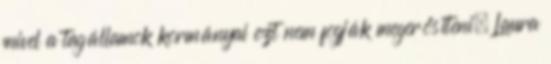
mivel a tagállamok kormányai ezt nem fogják megerősíteni. Laura